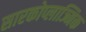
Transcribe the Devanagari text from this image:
सारकोप्लाज्मिक